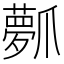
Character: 𤔻